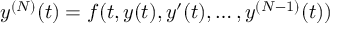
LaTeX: y ^ { ( N ) } ( t ) = f ( t , y ( t ) , y ^ { \prime } ( t ) , \ldots , y ^ { ( N - 1 ) } ( t ) )